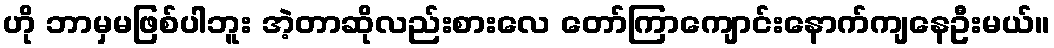
ဟို ဘာမှမဖြစ်ပါဘူး အဲ့တာဆိုလည်းစားလေ တော်ကြာကျောင်းနောက်ကျနေဦးမယ်။